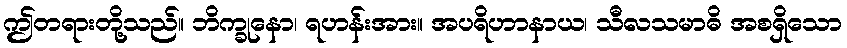
ဤတရားတို့သည်။ ဘိက္ခုနော၊ ရဟန်းအား။ အပရိဟာနာယ၊ သီလသမာဓိ အစရှိသော